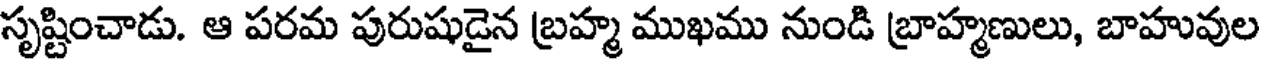
సృష్టించాడు. ఆ పరమ పురుషుడైన బ్రహ్మ ముఖము నుండి బ్రాహ్మణులు, బాహువుల